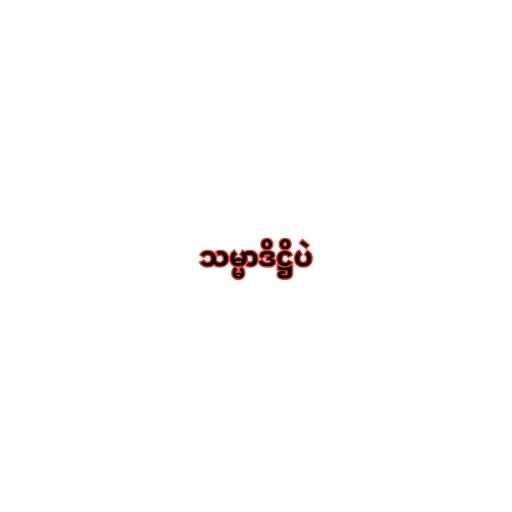
သမ္မာဒိဋ္ဌိပဲ